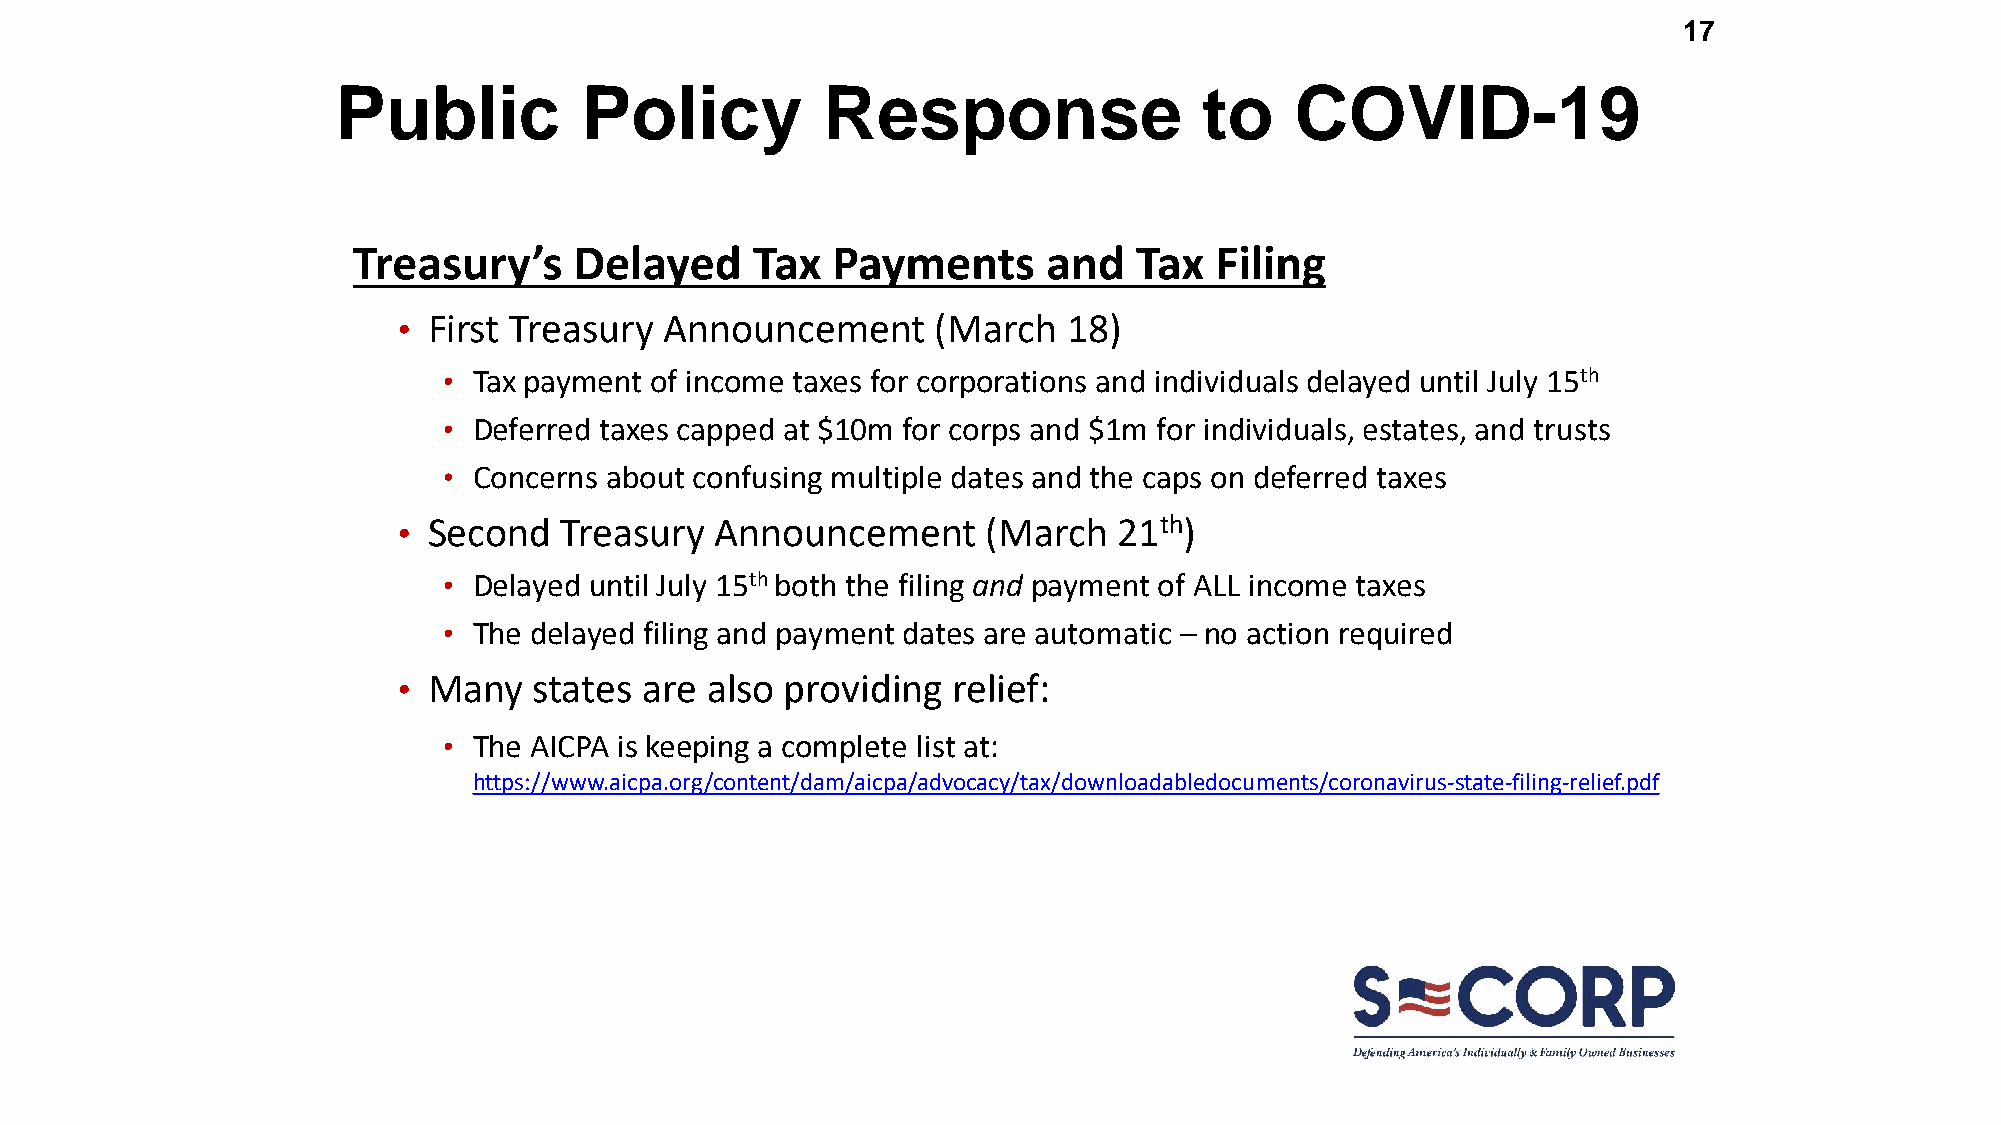
17
 Public          Policy          Response                  to    COVID-19
 Treasury’s     Delayed     Tax  Payments      and   Tax  Filing
 • First Treasury  Announcement      (March   18)
 • Tax payment of income taxes for corporations and individuals delayed until July 15th
 • Deferred taxes capped at $10m for corps and $1m for individuals, estates, and trusts
 • Concerns about confusing multiple dates and the caps on deferred taxes
 • Second   Treasury  Announcement      (March   21th)
 • Delayed until July 15th both the filing and payment of ALL income taxes
 • The delayed filing and payment dates are automatic – no action required
 • Many   states are  also providing  relief:
 • The AICPA is keeping a complete list at:
 https://www.aicpa.org/content/dam/aicpa/advocacy/tax/downloadabledocuments/coronavirus-state-filing-relief.pdf